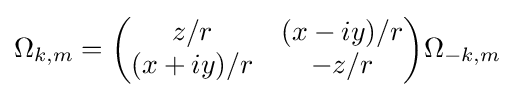
\Omega _{k,m}={\begin{pmatrix}z/r&(x-iy)/r\\(x+iy)/r&-z/r\end{pmatrix}}\Omega _{-k,m}